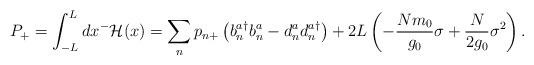
LaTeX: \begin{align*}P_+=\int_{-L}^Ldx^- {\cal H}(x)=\sum_n p_{n+}\left(b_n^{a\dagger}b_n^a-d_n^a d_n^{a\dagger}\right)+ 2L \left(-{Nm_0 \over g_0}\sigma+{N \over 2g_0}\sigma^2\right).\end{align*}